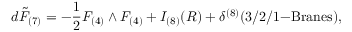
d \tilde { F } _ { ( 7 ) } = - \frac { 1 } { 2 } F _ { ( 4 ) } \wedge F _ { ( 4 ) } + I _ { ( 8 ) } ( R ) + \delta ^ { ( 8 ) } ( 3 / 2 / 1 \mathrm { - B r a n e s } ) ,